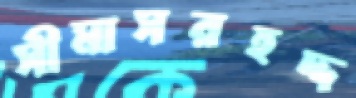
সীমাসরহদ্দ